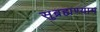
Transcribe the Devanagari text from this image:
सुब्रह्मण्याम